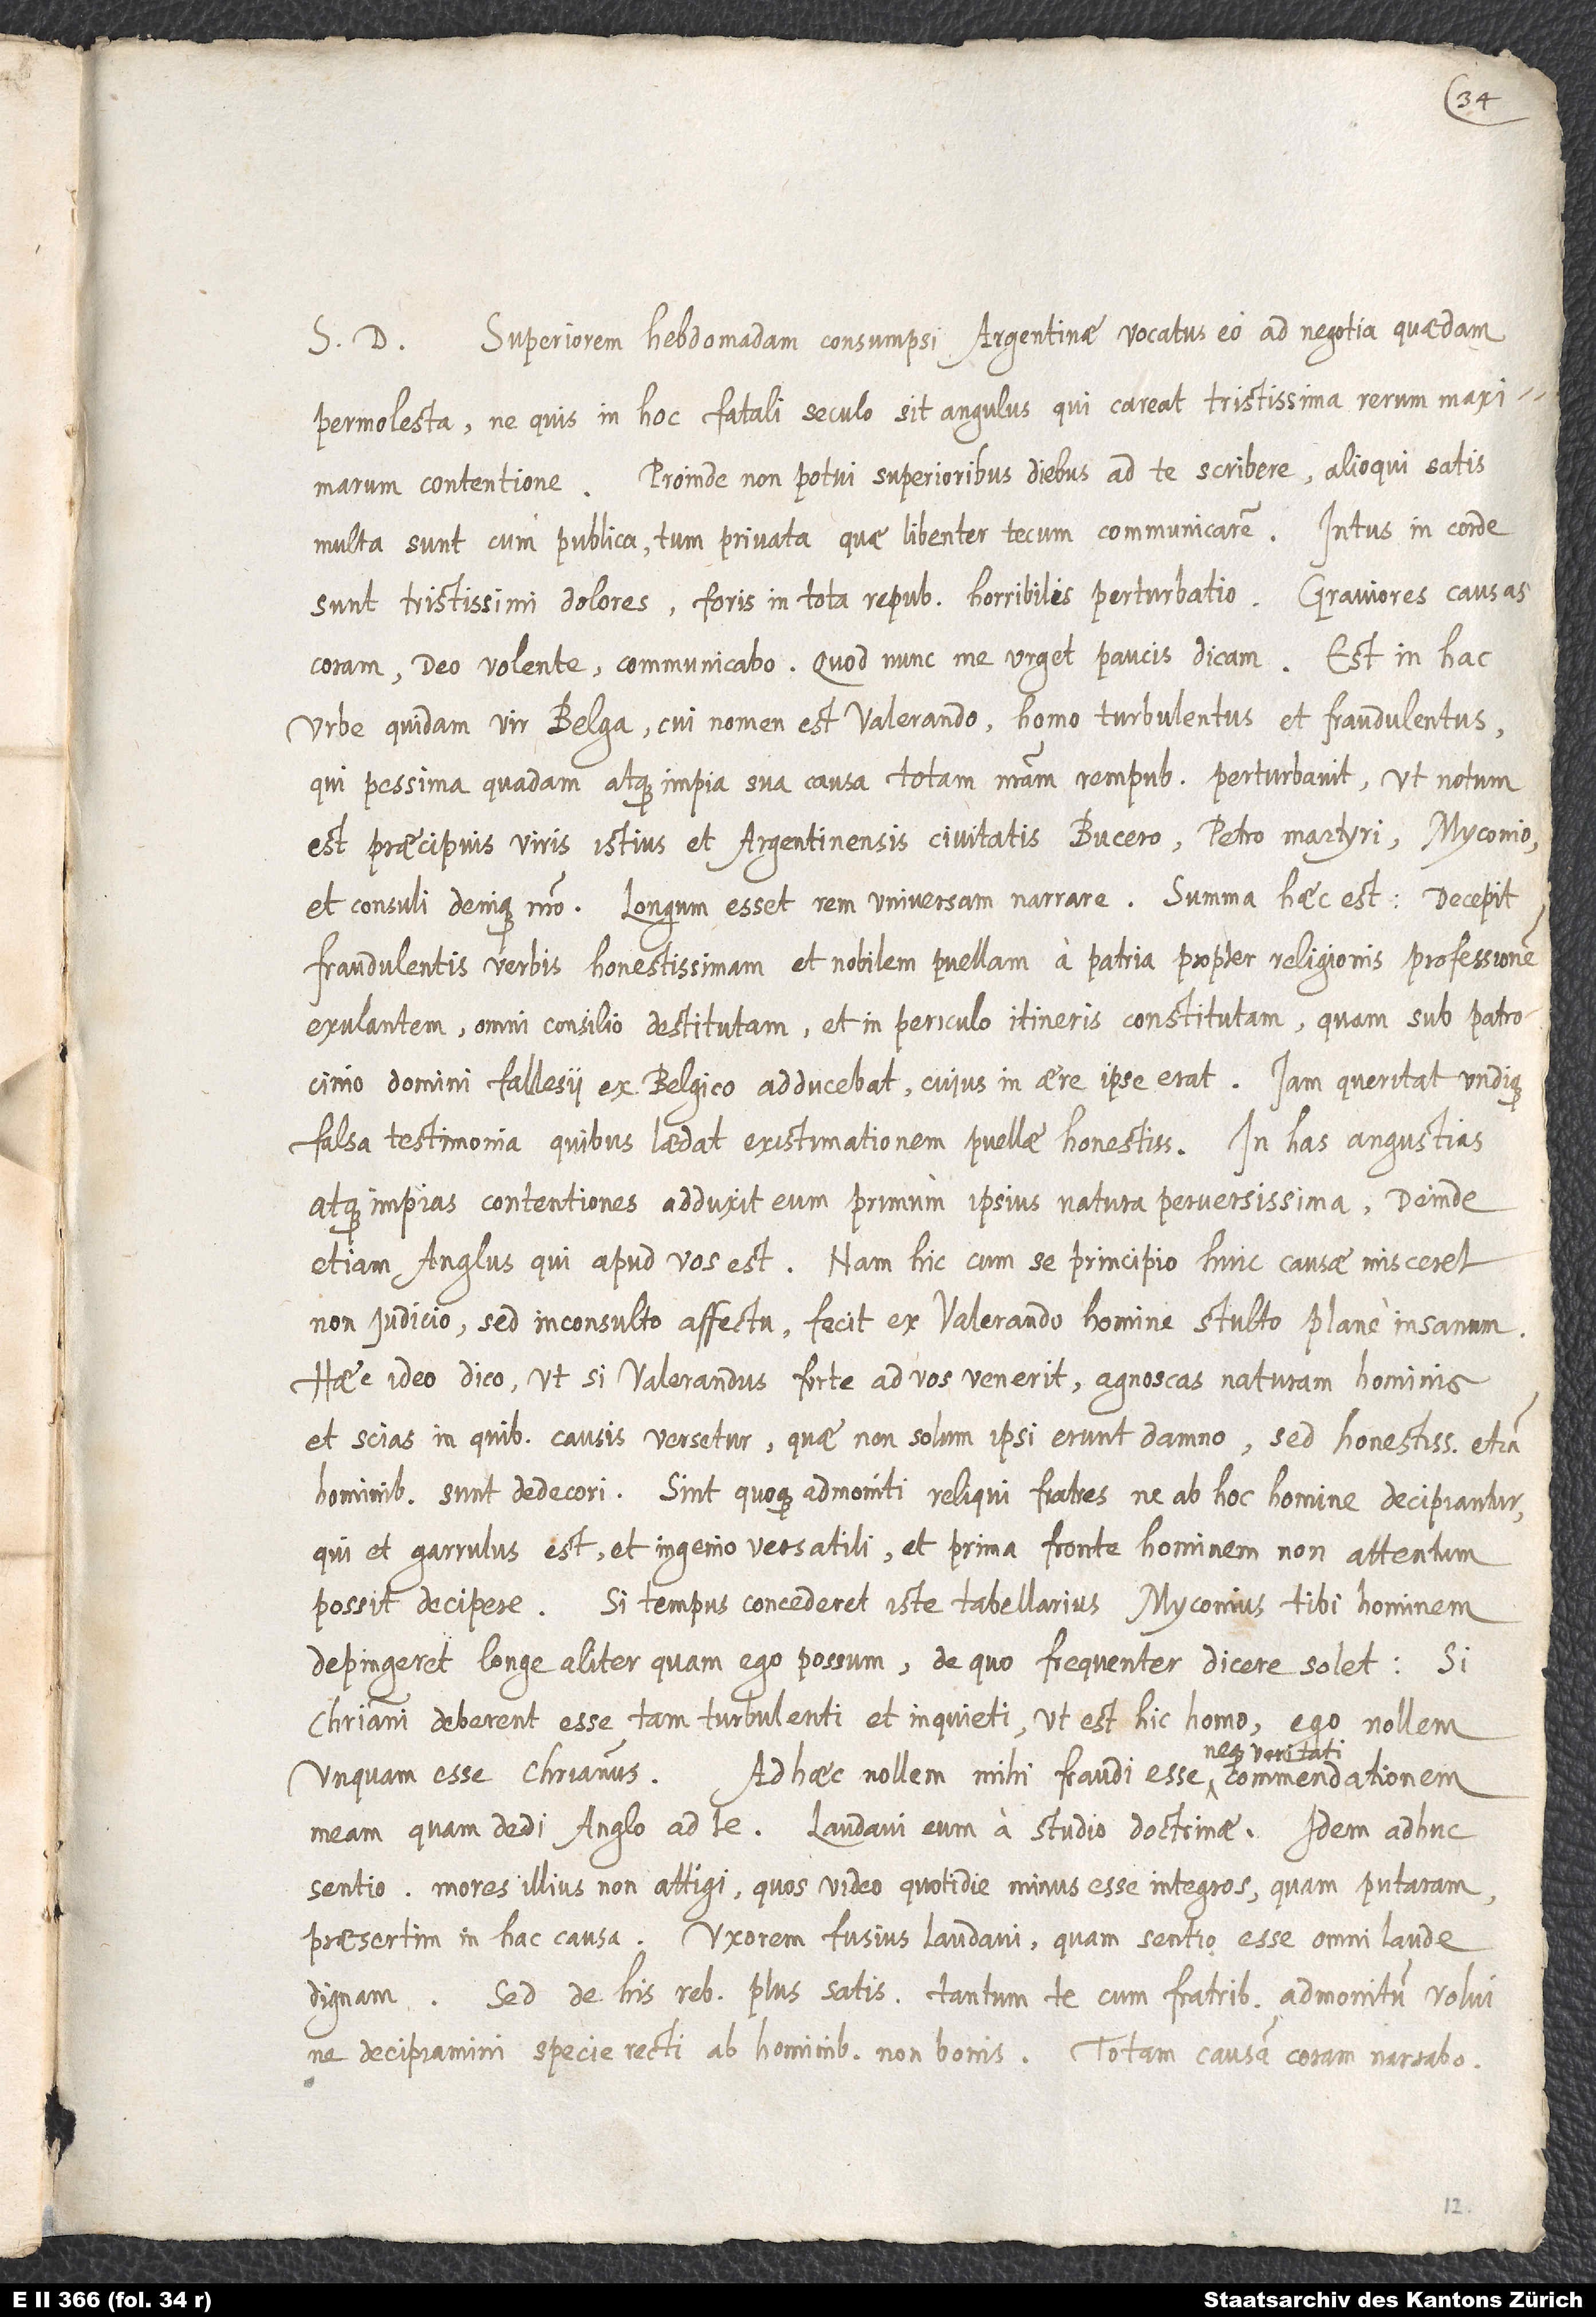
S. D. Superiorem hebdomadam consumpsi Argentinae, vocatus eo ad negotia quaedam
permolesta, ne quis in hoc fatali seculo sit angulus, qui careat tristissima rerum maximarum
contentione. Proinde non potui superioribus diebus ad te scribere. Alioqui satis
multa sunt cum publica tum privata, quae libenter tecum communicarem; intus in corde
sunt tristissimi dolores, foris in tota republica horribilis perturbatio. Graviores causas
coram deo volente communicabo. Quod nunc me urget, paucis dicam: Est in hac
urbe quidam vir Belga, cui nomen est Valerando, homo turbulentus et fraudulentus,
qui pessima quadam atque impia sua causa totam nostram rempublicam perturbavit, ut notum
est praecipuis viris istius et Argentinensis civitatis, Bucero, Petro Martyri, Myconio
et consuli denique nostro. Longum esset rem universam narrare; summa haec est: Decepit
fraudulentis verbis honestissimam et nobilem puellam a patria propter religionis professionem
exulantem, omni consilio destitutam et in periculo itineris constitutam, quam sub patrocinio
domini Fallesii ex Belgico adducebat, cuius in aere ipse erat. Iam queritat undique
falsa testimonia, quibus laedat existimationem puellae honestissimae. In has angustias
atque impias contentiones adduxit eum primum ipsius natura perversissima, deinde
etiam Anglus, qui apud vos est; nam hic, cum se principio huic causae misceret,
non iudicio, sed inconsulto affectu, fecit ex Valerando, homine stulto, plane insanum.
Haec ideo dico, ut, si Valerandus forte ad vos venerit, agnoscas naturam hominis
et scias, in quibus causis versetur, quae non solum ipsi erunt damno, sed honestissimis etiam
hominibus sunt dedecori. Sint quoque admoniti reliqui fratres, ne ab hoc homine decipiantur,
qui et garrulus est et ingenio versatili et prima fronte hominem non attentum
possit decipere. Si tempus concederet iste tabellarius, Myconius tibi hominem
depingeret longe aliter, quam ego possum, de quo frequenter dicere solet: "Si
christiani deberent esse tam turbulenti et inquieti, ut est hic homo, ego nollem
unquam esse christianus." Ad haec nollem mihi fraudi esse neque veritati commendationem
meam, quam dedi Anglo ad te. Laudavi eum a studio doctrinae; idem adhuc
sentio. Mores illius non attigi, quos video quotidie minus esse integros, quam putaram,
praesertim in hac causa. Uxorem fusius laudavi, quam sentio esse omni laude
dignam. Sed de his rebus plus satis. Tantum te cum fratribus admonitum volui,
ne decipiamini specie recti ab hominibus non bonis. Totam causam coram narrabo.